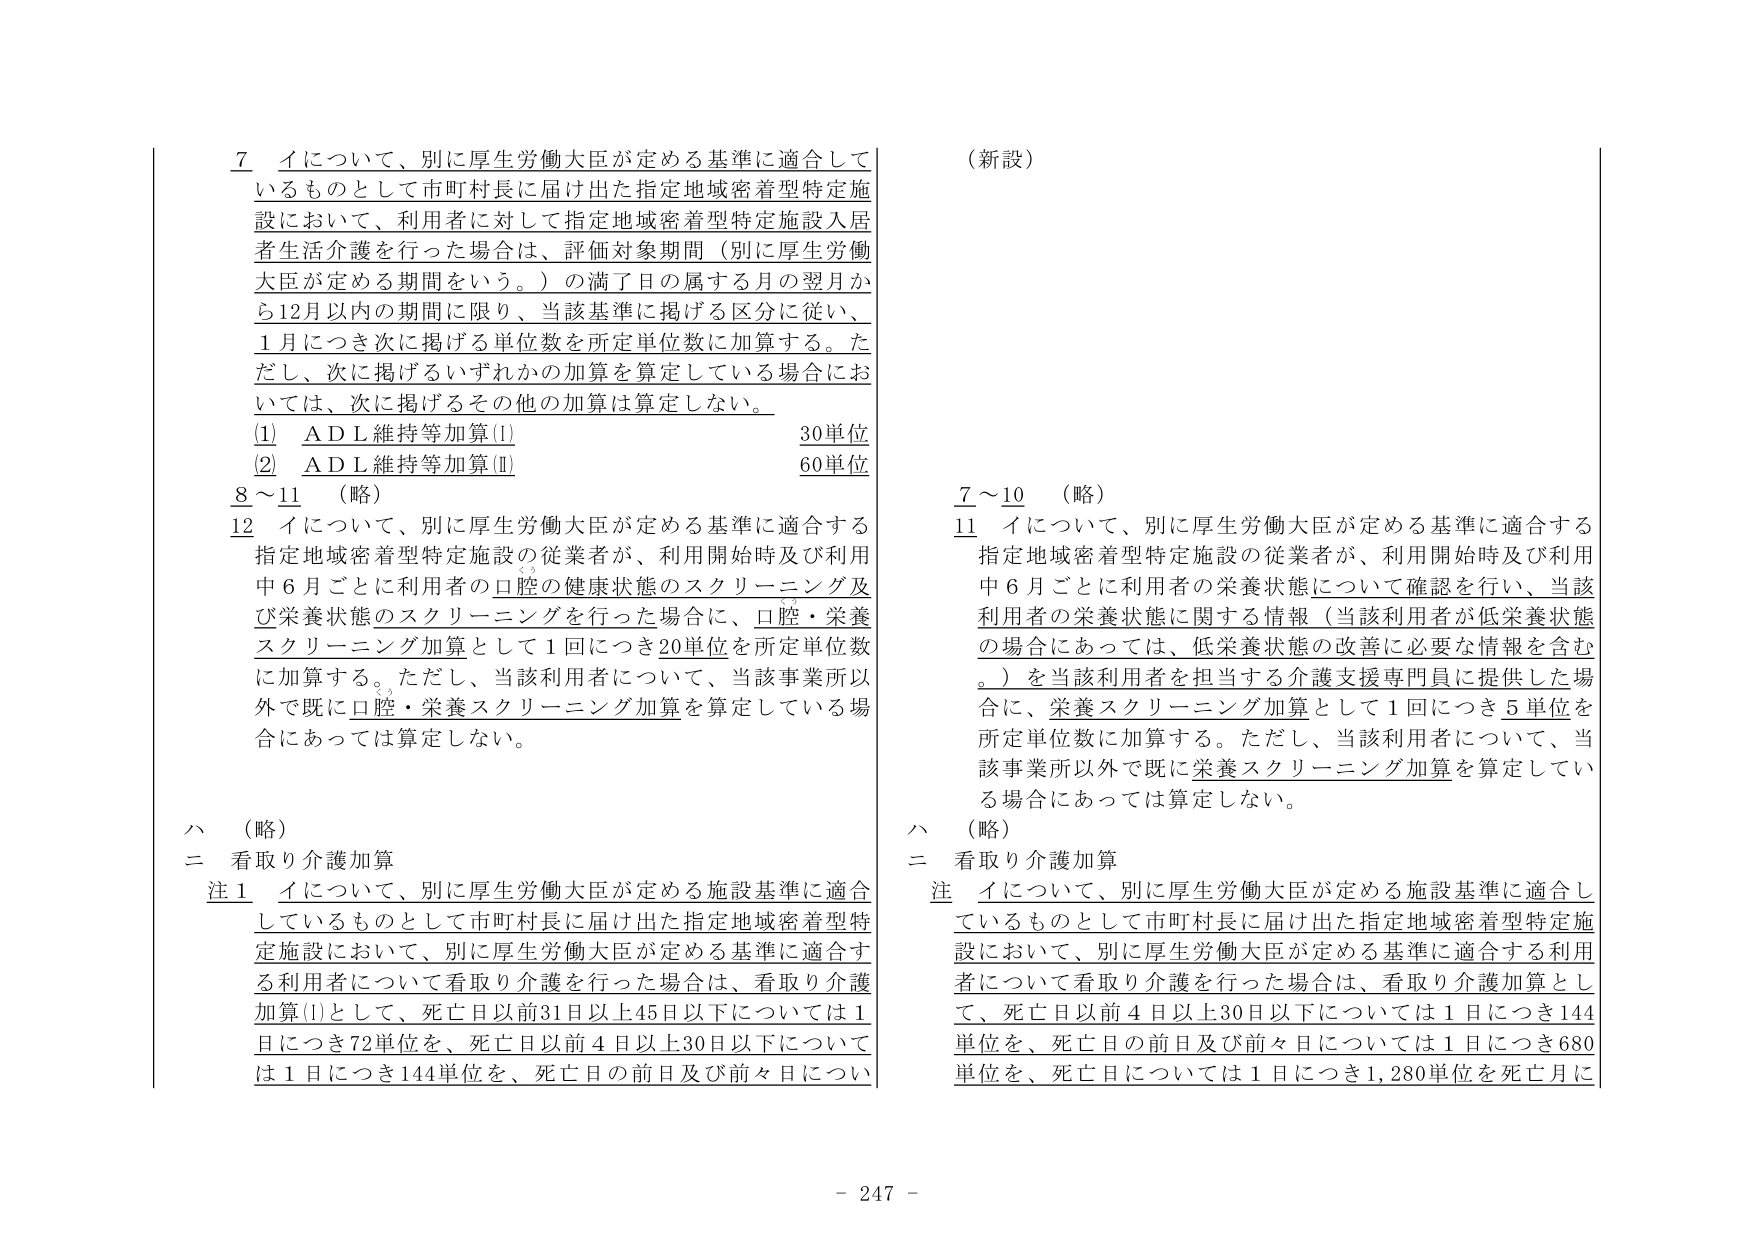
7 イについて、別に厚生労働大臣が定める基準に適合して
いるものとして市町村長に届け出た指定地域密着型特定施
設において、利用者に対して指定地域密着型特定施設入居
者生活介護を行った場合は、評価対象期間（別に厚生労働
大臣が定める期間をいう。）の満了日の属する月の翌月か
ら12月以内の期間に限り、当該基準に掲げる区分に従い、
1月につき次に掲げる単位数を所定単位数に加算する。た
だし、次に掲げるいずれかの加算を算定している場合にお
いては、次に掲げるその他の加算は算定しない。
(1) ADL維持等加算(I) 30単位
(2) ADL維持等加算(II) 60単位
8～11 （略）
12 イについて、別に厚生労働大臣が定める基準に適合する
指定地域密着型特定施設の従業者が、利用開始時及び利用
中6月ごとに利用者の口腔の健康状態のスクリーニング及
び栄養状態のスクリーニングを行った場合に、口腔・栄養
スクリーニング加算として1回につき20単位を所定単位数
に加算する。ただし、当該利用者について、当該事業所以
外で既に口腔・栄養スクリーニング加算を算定している場
合にあっては算定しない。

ハ （略）
二 看取り介護加算
注1 イについて、別に厚生労働大臣が定める施設基準に適合
しているものとして市町村長に届け出た指定地域密着型特
定施設において、別に厚生労働大臣が定める基準に適合す
る利用者について看取り介護を行った場合は、看取り介護
加算(I)として、死亡日以前31日以上45日以下については1
日につき72単位を、死亡日以前4日以上30日以下について
は1日につき144単位を、死亡日の前日及び前々日につい

（新設）
7～10 （略）
11 イについて、別に厚生労働大臣が定める基準に適合する
指定地域密着型特定施設の従業者が、利用開始時及び利用
中6月ごとに利用者の栄養状態について確認を行い、当該
利用者の栄養状態に関する情報（当該利用者が低栄養状態
の場合にあっては、低栄養状態の改善に必要な情報を含む
。）を当該利用者を担当する介護支援専門員に提供した場
合に、栄養スクリーニング加算として1回につき5単位を
所定単位数に加算する。ただし、当該利用者について、当
該事業所以外で既に栄養スクリーニング加算を算定してい
る場合にあっては算定しない。

ハ （略）
二 看取り介護加算
注 イについて、別に厚生労働大臣が定める施設基準に適合し
ているものとして市町村長に届け出た指定地域密着型特定施
設において、別に厚生労働大臣が定める基準に適合する利用
者について看取り介護を行った場合は、看取り介護加算とし
て、死亡日以前4日以上30日以下については1日につき144
単位を、死亡日の前日及び前々日については1日につき680
単位を、死亡日については1日につき1,280単位を死亡日に

- 247 -